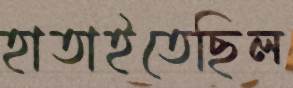
হাতাইতেছিল